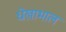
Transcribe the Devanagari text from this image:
धेखाभाल